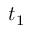
t _ { 1 }